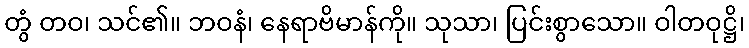
တွံ တဝ၊ သင်၏။ ဘဝနံ၊ နေရာဗိမာန်ကို။ သုသာ၊ ပြင်းစွာသော။ ဝါတဝုဋ္ဌိ၊